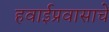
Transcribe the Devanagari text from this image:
हवाईप्रवासाचे